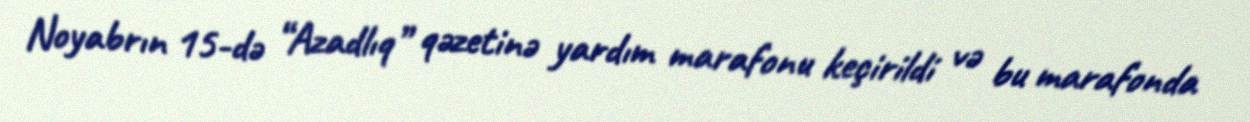
Noyabrın 15-də “Azadlıq” qəzetinə yardım marafonu keçirildi və bu marafonda